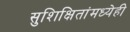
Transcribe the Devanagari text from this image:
सुशिक्षितांमध्येही